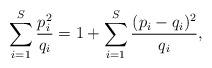
LaTeX: \begin{align*}\sum_{i = 1}^S \frac{p_i^2}{q_i} = 1 + \sum_{i =1}^S \frac{(p_i - q_i)^2}{q_i}, \end{align*}